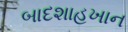
બાદશાહખાન